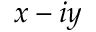
x - i y